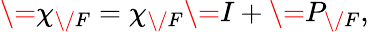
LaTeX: \= \chi_{\/ F}=\chi_{\/ F}\= I+\= P_{\/ F},